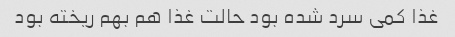
غذا کمی سرد شده بود حالت غذا هم بهم ریخته بود